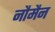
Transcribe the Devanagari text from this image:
नौमैन